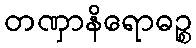
တဏှာနိရောဓဉ္စ